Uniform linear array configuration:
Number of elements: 48
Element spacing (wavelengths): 0.75
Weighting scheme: uniform
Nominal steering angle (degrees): -45
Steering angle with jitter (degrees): -43.258
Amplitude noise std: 0.05
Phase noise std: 0.05

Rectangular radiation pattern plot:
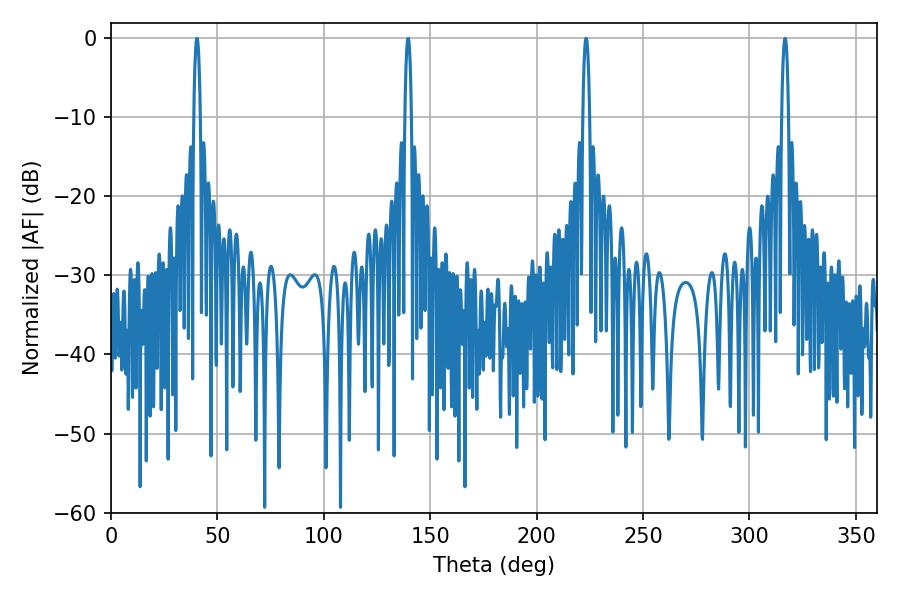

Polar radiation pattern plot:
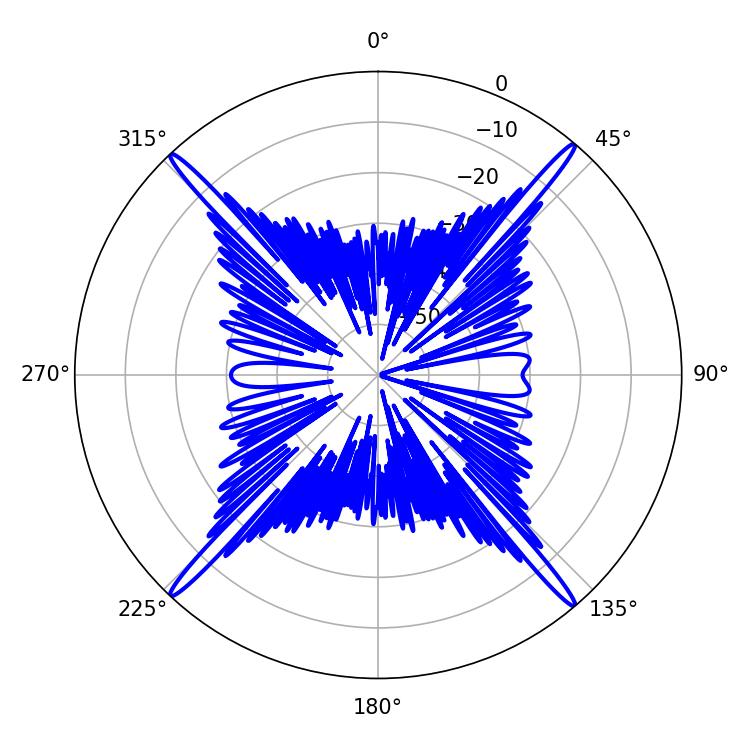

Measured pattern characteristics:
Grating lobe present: TRUE
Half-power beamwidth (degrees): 1.8
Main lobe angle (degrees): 223.2